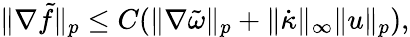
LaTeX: \begin{array}{r}{\| \nabla\tilde{f}\| _{p}\leq C(\| \nabla\tilde{\omega}\| _{p}+\| \dot{\kappa}\| _{\infty}\| u\| _{p}),}\end{array}